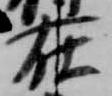
在